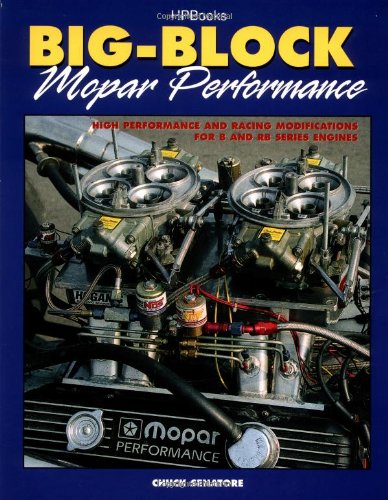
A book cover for Big Block Mopar Performance - High Performance and Racing Modifications for B & RB Series Engines; Chuck Senatore; Engineering & Transportation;